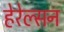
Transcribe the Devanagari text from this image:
हेरेल्सन